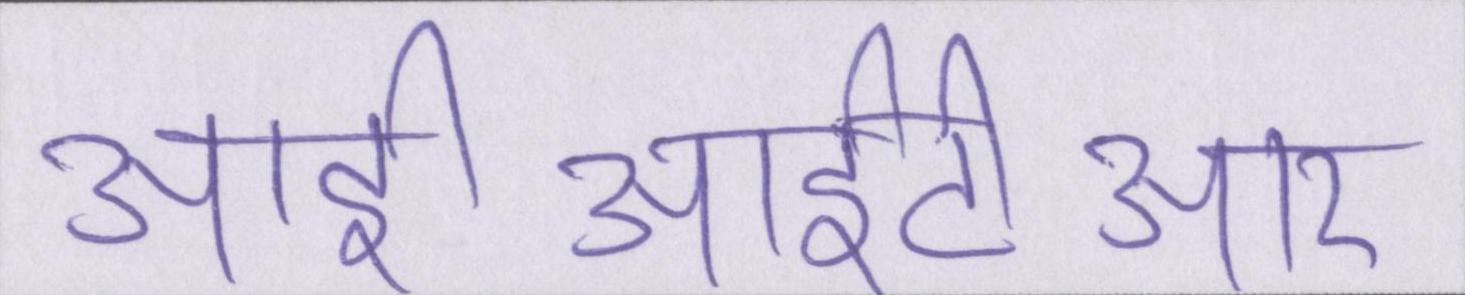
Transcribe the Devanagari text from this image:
आईआईटीआर